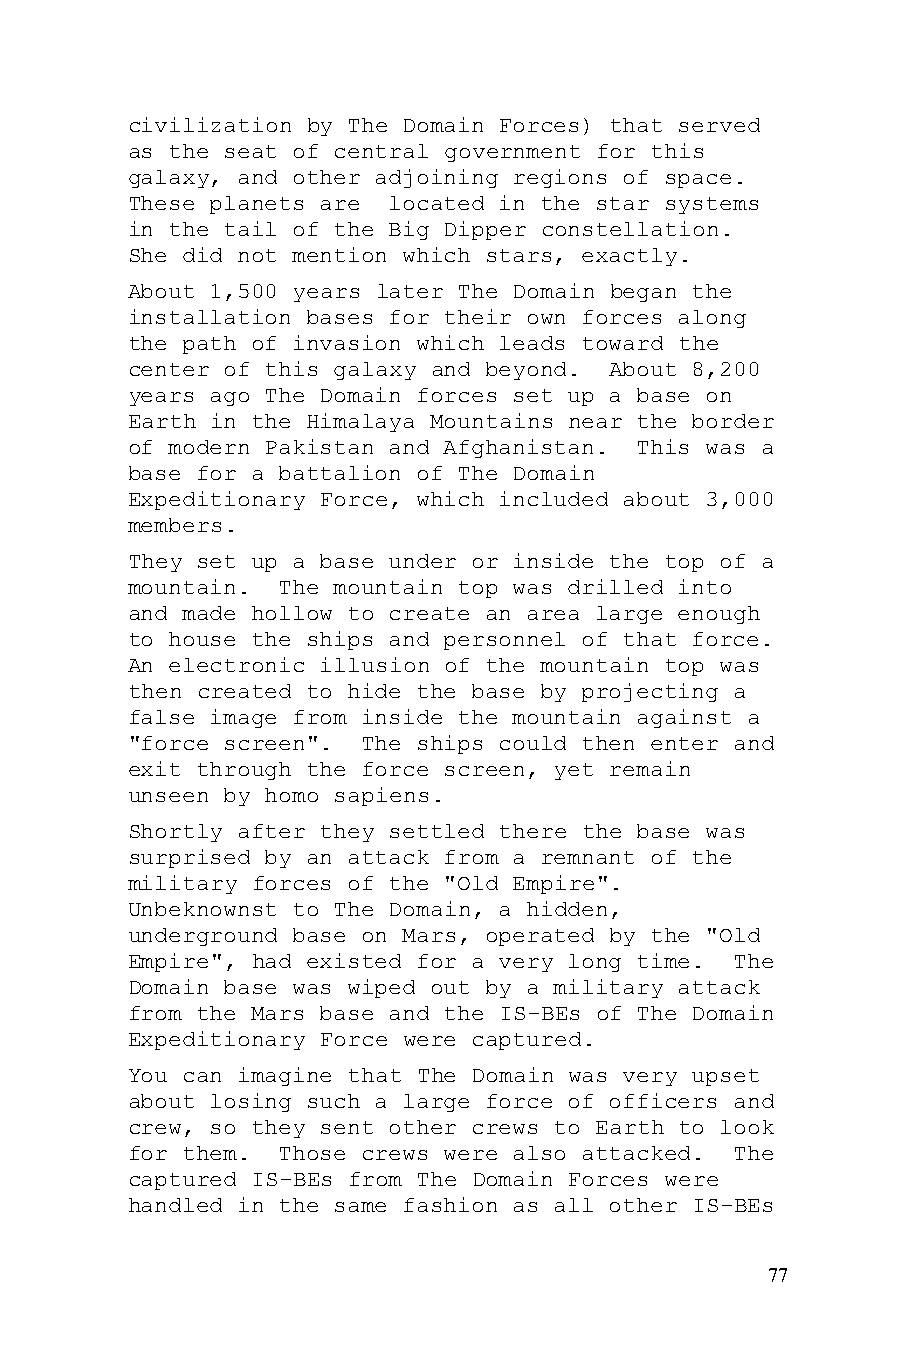
civilization by The Domain Forces) that served
 as the seat of central government for this
 galaxy, and other adjoining regions of space.
 These planets are located in the star systems
 in the tail of the Big Dipper constellation.
 She did not mention which stars, exactly.
 About 1,500 years later The Domain began the
 installation bases for their own forces along
 the path of invasion which leads toward the
 center of this galaxy and beyond. About 8,200
 years ago The Domain forces set up a base on
 Earth in the Himalaya Mountains near the border
 of modern Pakistan and Afghanistan. This was a
 base for a battalion of The Domain
 Expeditionary Force, which included about 3,000
 members.
 They set up a base under or inside the top of a
 mountain. The mountain top was drilled into
 and made hollow to create an area large enough
 to house the ships and personnel of that force.
 An electronic illusion of the mountain top was
 then created to hide the base by projecting a
 false image from inside the mountain against a
 "force screen". The ships could then enter and
 exit through the force screen, yet remain
 unseen by homo sapiens.
 Shortly after they settled there the base was
 surprised by an attack from a remnant of the
 military forces of the "Old Empire".
 Unbeknownst to The Domain, a hidden,
 underground base on Mars, operated by the "Old
 Empire", had existed for a very long time. The
 Domain base was wiped out by a military attack
 from the Mars base and the IS-BEs of The Domain
 Expeditionary Force were captured.
 You can imagine that The Domain was very upset
 about losing such a large force of officers and
 crew, so they sent other crews to Earth to look
 for them. Those crews were also attacked. The
 captured IS-BEs from The Domain Forces were
 handled in the same fashion as all other IS-BEs
 77